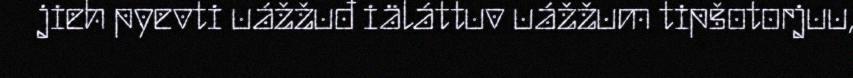
jieh pyevti uážžuđ iäláttuv uážžum tipšotorjuu,